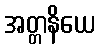
အတ္တနိယေ